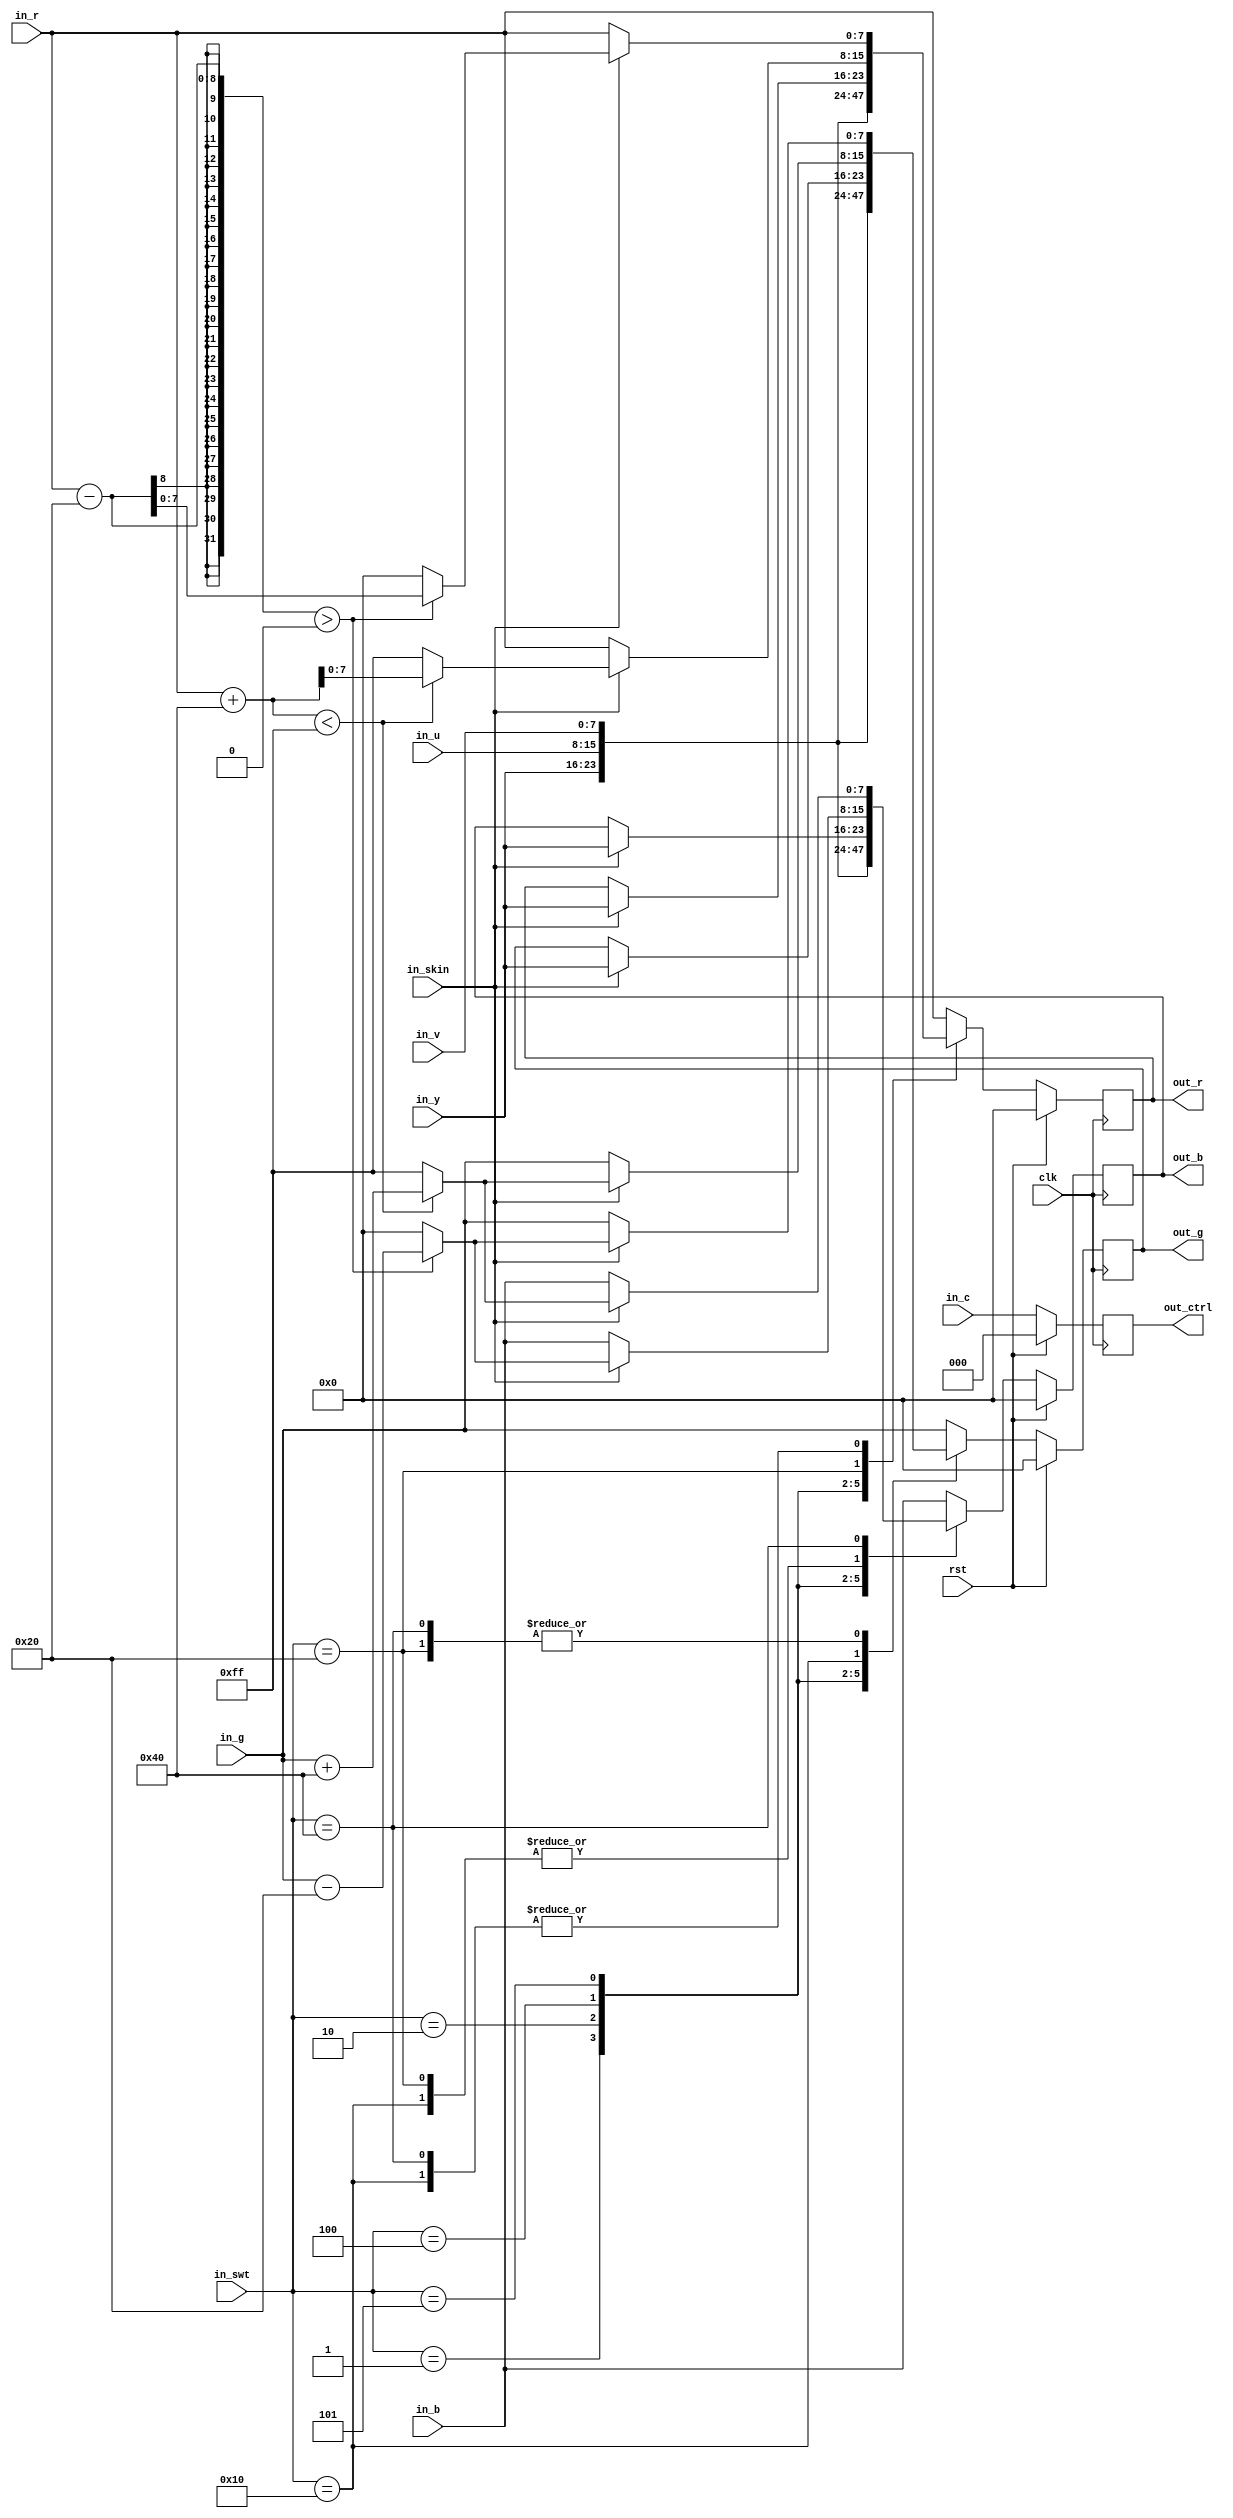
`timescale 1ns / 1ps
//////////////////////////////////////////////////////////////////////////////////
// Company:
// Engineer:
//
// Design Name:
// Module Name:    pixsel
// Project Name:
// Target Devices:
// Tool versions:
// Description:
//
// Dependencies:
//
// Revision:
// Revision 0.01 - File Created
// Additional Comments:
//
//////////////////////////////////////////////////////////////////////////////////
module pixsel(
    input clk,
    input rst,
    input [7:0] in_r,
    input [7:0] in_g,
    input [7:0] in_b,
    input [7:0] in_y,
    input [7:0] in_u,
    input [7:0] in_v,
	input [2:0] in_c,
    input in_skin,
    input [7:0] in_swt,
    output reg [7:0] out_r,
    output reg [7:0] out_g,
    output reg [7:0] out_b,
	output reg [2:0] out_ctrl
    );

//Saturation logic
wire [8:0] max_r = ((in_r + 64)<255) ? in_r + 64 : 255;
wire [8:0] min_r = ((in_r - 32)>0) ? in_r - 32 : 0;
// Add code for max_g, min_g, max_b, and min_b
wire [8:0] max_g = ((in_r + 64)<255) ? in_g + 64 : 255;
wire [8:0] min_g = ((in_r - 32)>0) ? in_g - 32 : 0;
wire [8:0] max_b = ((in_r + 64)<255) ? in_g + 64 : 255;
wire [8:0] min_b = ((in_r - 32)>0) ? in_g - 32 : 0;

//Output select logic
always @(posedge clk)
begin
    if(rst) begin
        out_r <= 8'd0;
        out_g <= 8'd0;
        out_b <= 8'd0;
        out_ctrl <= 3'd0;
    end else begin
    	case(in_swt)
    		8'd1 : begin //Output Y switch 1
				out_r <=in_y ; out_g <=in_y ; out_b <=in_y ;
			end
			
			8'd2 : begin //Output U switch 2
				out_r <=in_u ; out_g <=in_u ; out_b <=in_u ;
			end
			
			8'd4 : begin //Output V switch 3
				out_r <=in_v ; out_g <=in_v ; out_b <=in_v ;
			end
			
			8'd5 : begin //Output V when in_skin = 1 switch 4 
				if(in_skin) begin
				out_r <=in_y ; out_g <=in_y ; out_b <=in_y ;
				end
			end
			
			8'd16: begin // Case switch 5
				if(in_skin) begin
					out_r <=min_r ; out_g <=max_g ; out_b <=min_b;
				end
				else begin
					out_r <= in_r; out_g <= in_g; out_b <= in_b;
				end
			end
			
			8'd32: begin //switch 6
				if(in_skin) begin
					out_r <=max_r ; out_g <=min_g ; out_b <=min_b;
				end
				else begin
					out_r <= in_r; out_g <= in_g; out_b <= in_b;
				end
			end
			
			8'd64: begin // switch 7
				if(in_skin) begin
					out_r <=min_r ; out_g <=min_g ; out_b <=max_b;
				end
				else begin
					out_r <= in_r; out_g <= in_g; out_b <= in_b;
				end
			end
			
			default : begin
    			out_r <= in_r; out_g <= in_g; out_b <= in_b;
    		end
    	endcase
    	out_ctrl <= in_c;
    end
end

endmodule